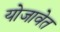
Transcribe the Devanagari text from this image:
योजावेत